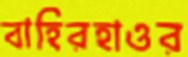
বাহিরহাওর